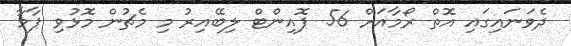
ދެވަނައިގައި އޮތް ރޯމާއަށް 56 ޕޮއިންޓް ލިބޭއިރު މި މެޗުން މޮޅުވި ޕާމާ